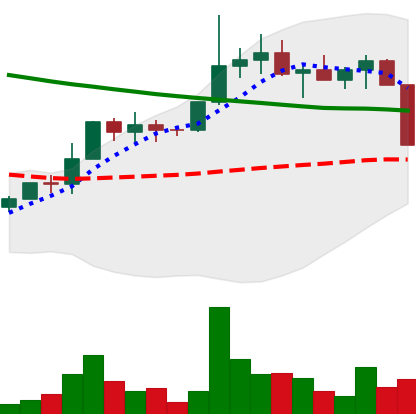
Ticker: EOS-USD
Chart end date: 2022-04-06
Forward return: -11.078%
Label: down_7plus